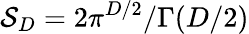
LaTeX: \mathcal{S}_{D}=2\pi^{D/2}/\Gamma(D/2)